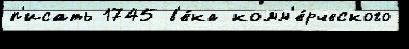
п'исать 1745 в'е́ка комм'е́рческого